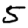
Digit: 5